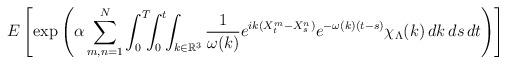
LaTeX: \begin{align*}E\left[\exp\left(\alpha\sum_{m, n = 1}^N\int_0^T\!\!\!\int_0^t\!\!\int_{k \in \mathbb{R}^3}\frac{1}{\omega(k)}e^{ik(X_t^m - X_s^n)}e^{-\omega(k)(t - s)}\chi_{\Lambda}(k)\,dk\,ds\,dt\right)\right]\end{align*}